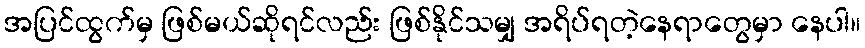
အပြင်ထွက်မှ ဖြစ်မယ်ဆိုရင်လည်း ဖြစ်နိုင်သမျှ အရိပ်ရတဲ့နေရာတွေမှာ နေပါ။